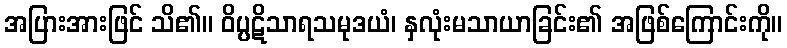
အပြားအားဖြင် သိ၏။ ဝိပ္ပဋိသာရသမုဒယံ၊ နှလုံးမသာယာခြင်း၏ အဖြစ်ကြောင်းကို။